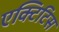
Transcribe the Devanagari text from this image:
एक्टिटिस